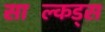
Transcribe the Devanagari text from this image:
साल्किंड्स